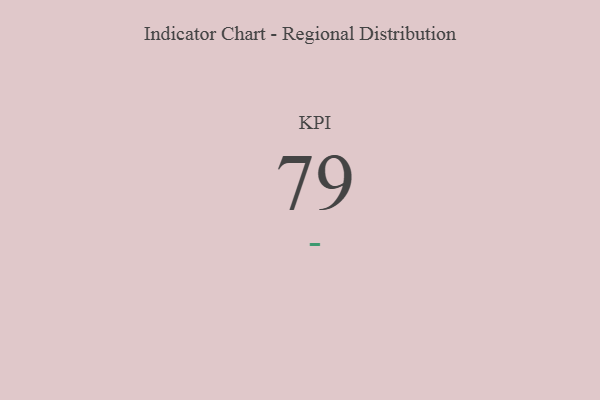
{"axis": {"x": "KPI", "y": "Value"}, "legend": [""], "data": [{"x": "KPI", "y": 79, "type": ""}]}